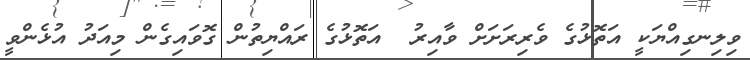
ވިލިނގިއްޔަކީ އަތޮޅުގެ ވެރިރަށަށް ވާއިރު  އަތޮޅުގެ ރައްޔިތުން ގޮވައިގެން މިއަދު އުޅެންވީ